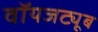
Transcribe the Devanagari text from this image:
वॉयजट्यूब